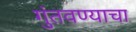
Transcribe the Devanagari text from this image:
गुंतवण्याचा